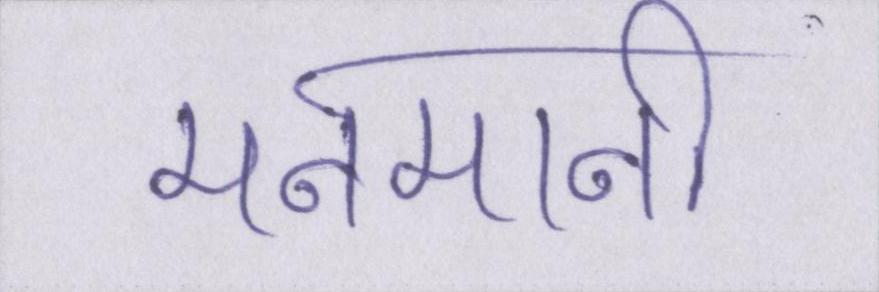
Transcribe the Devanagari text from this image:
मनमानी